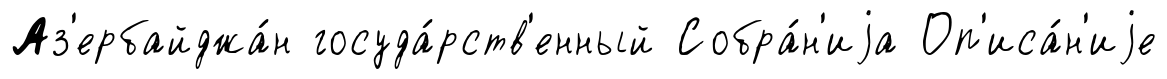
Аз'ербайджа́н госуда́рств'енный Собра́н'иjа Оп'иса́н'иjе